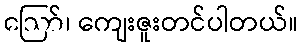
ဪ၊ ကျေးဇူးတင်ပါတယ်။